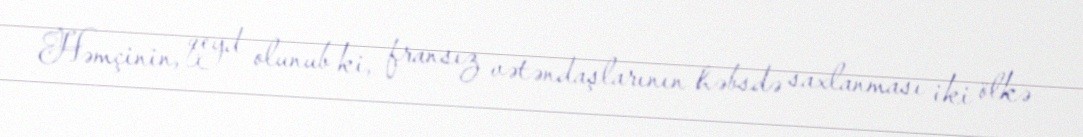
Həmçinin, qeyd olunub ki, fransız vətəndaşlarının həbsdə saxlanması iki ölkə